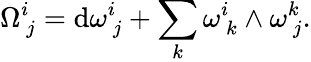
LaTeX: \Omega_{\ j}^{i}=\mathrm{d}\omega_{\ j}^{i}+\sum_{k}\omega_{\ k}^{i}\wedge\omega_{\ j}^{k}.